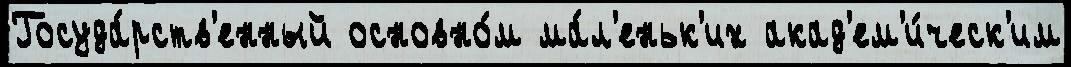
Госуда́рств'енный основно́м ма́л'еньк'их акад'ем'и́ческ'им